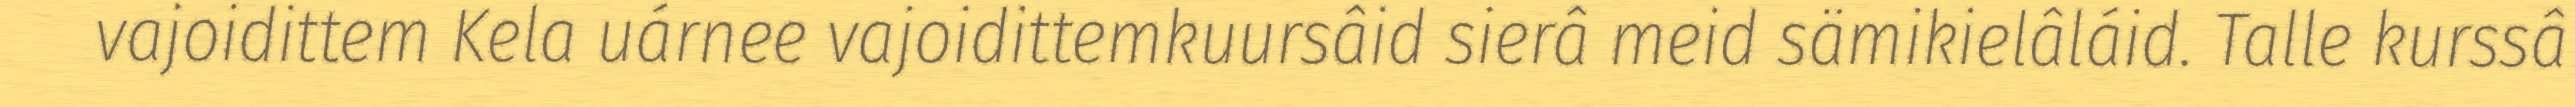
vajoidittem Kela uárnee vajoidittemkuursâid sierâ meid sämikielâláid. Talle kurssâ